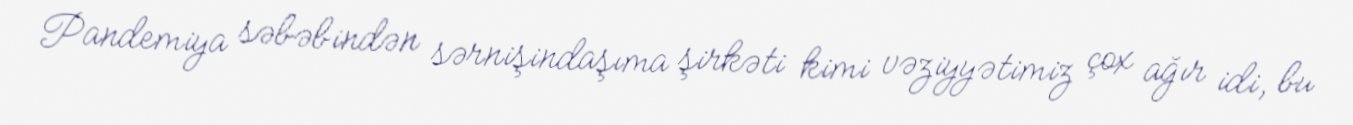
Pandemiya səbəbindən sərnişindaşıma şirkəti kimi vəziyyətimiz çox ağır idi, bu